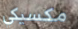
مكسيكي